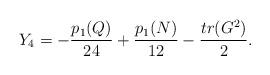
LaTeX: \begin{align*}Y_4=-{{p_1(Q)}\over{24}}+{{p_1(N)}\over{12}}-{{tr(G^2)}\over{2}}.\end{align*}